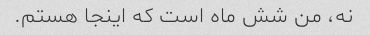
نه، من شش ماه است که اینجا هستم.